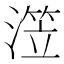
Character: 𰜺